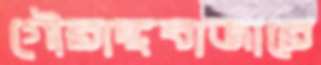
গৌরাঙ্গবাজারে